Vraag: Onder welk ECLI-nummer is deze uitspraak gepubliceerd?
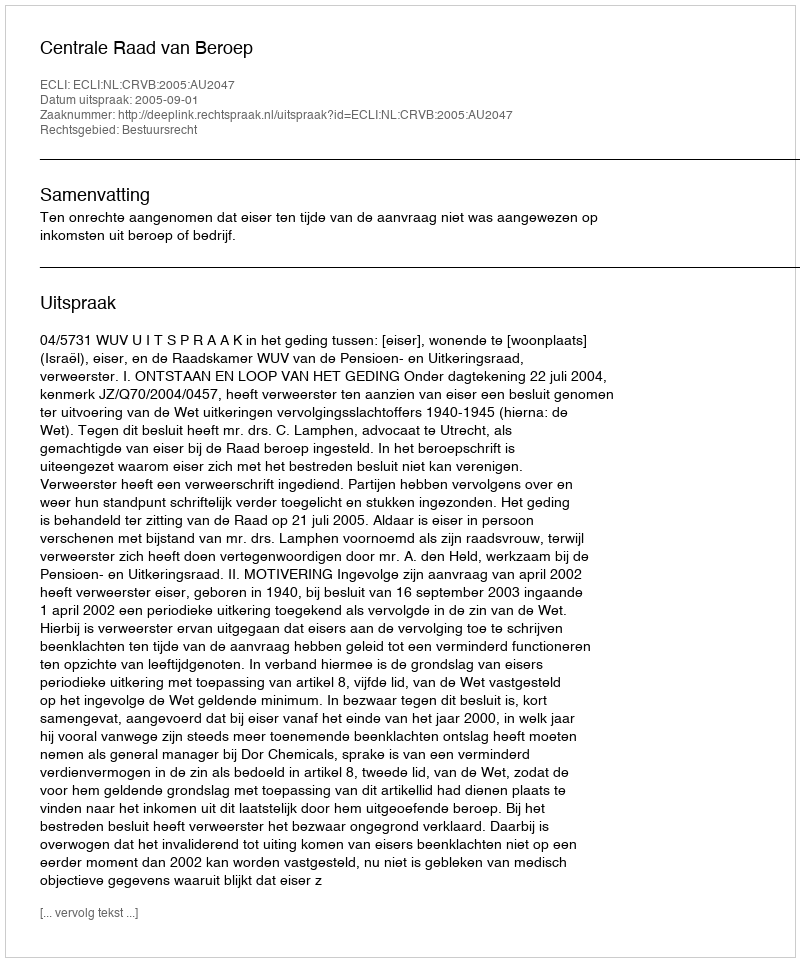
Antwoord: ECLI:NL:CRVB:2005:AU2047